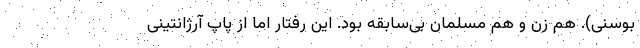
بوسنی). هم زن و هم مسلمان بی‌سابقه بود. این رفتار اما از پاپ آرژانتینی